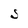
Character: S